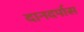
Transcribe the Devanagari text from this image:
दानदर्पास